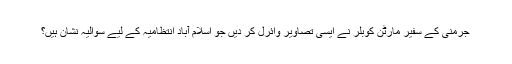
جرمنی کے سفیر مارٹن کوبلر نے ایسی تصاویر وائرل کر دیں جو اسلام آباد انتظامیہ کے لیے سوالیہ نشان ہیں؟